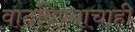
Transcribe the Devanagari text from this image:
वाढविण्याचाही